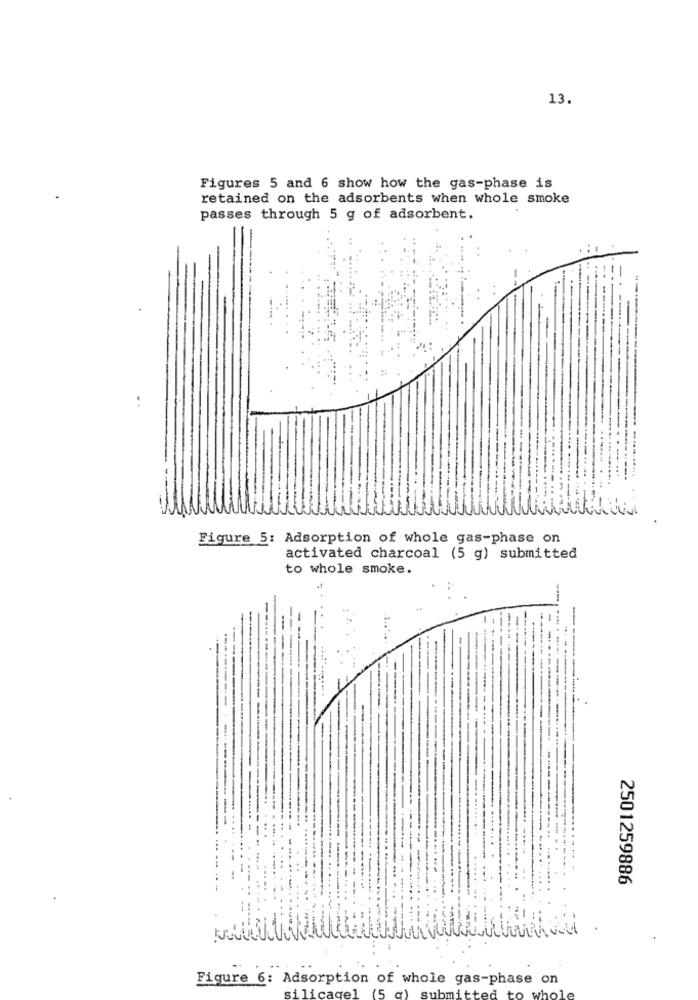
13.
Figures 5 and 6 show how the gas-phase is
retained on the adsorbents when whole smoke
passes through 5 g of adsorbent.
Figure 5: Adsorption of whole gas-phase on
activated charcoal (5 g) submitted
to whole smoke.
2501259886
Figure 6: Adsorption of whole gas-phase on
silicagel (5 q) submitted to whole